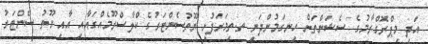
އަދި މިޕްރޮގްރާމުގެ ސެޝަންތަށް ހިނގަމުންދަނީ ތ.ތިމަރަފުށީ ޔޫތުސެންޓަރުގެ ކްލާސްރޫމެއްގައާއި އާއި ޔޫތު ސެންޓަރު